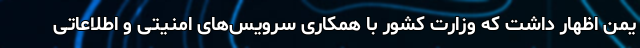
یمن اظهار داشت که وزارت کشور با همکاری سرویس‌های امنیتی و اطلاعاتی